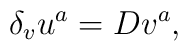
\delta_{v} u^a = D v ^a,